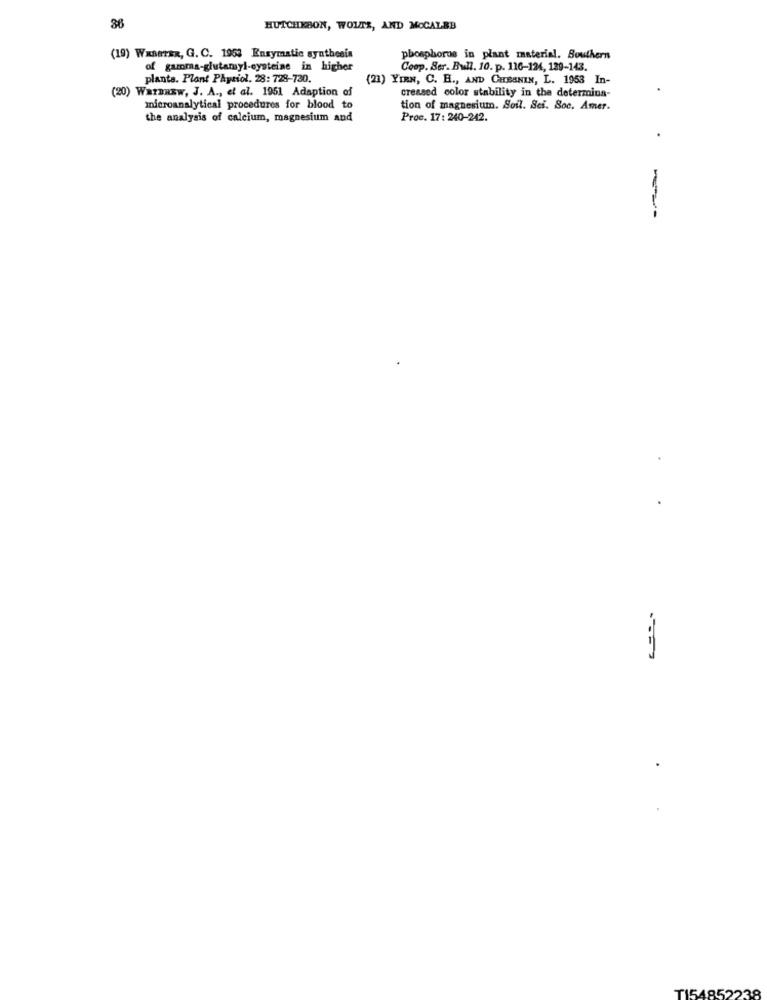
36
HUTCHERSON, WOLTE, AND MCCALBB
(19) WxBATER, G. C. 1953 Enzymatic synthesis
phosphorus in plant material. Southern
of gamma-glutamyl-oysteine in higher
Coop. Ser. Bull. 10. p. 116-124, 129-143.
plants. Plant Physiol. 28: 728-730.
(23) YIEN, C. H ., AND CHESNIN, L. 1953 In-
(20) WarBREW, J. A ., et al. 1951 Adaption of
creased color stability in the determina-
microanalytical procedures for blood to
tion of magnesium. Soil. Sci. Soc. Amer.
the analysis of calcium, magnesium and
Proc. 17: 240-242.
TI54852238